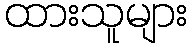
ထားသူများ